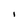
Character: l